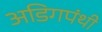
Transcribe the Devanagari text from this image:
अडिगपंथी